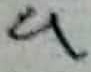
Text: 9